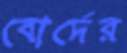
বোর্দের